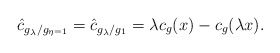
\begin{align*}\hat{c}_{g_\lambda/g_{\eta=1}}=\hat{c}_{g_\lambda/g_1}=\lambda c_g(x)-c_g(\lambda x).\end{align*}